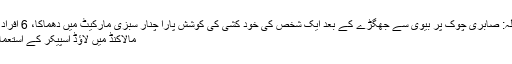
میجر جنرل آصف غفور گوجرانوالہ: صابری چوک پر بیوی سے جھگڑے کے بعد ایک شخص کی خود کُشی کی کوشش پارا چنار سبزی مارکیٹ میں دھماکا، 6 افراد شہید، 20 زخمی، آئی ایس پی آر
مالاکنڈ میں لاؤڈ اسپیکر کے استعمال پر دفعہ 144 نافذ کر دی گئی۔